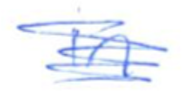
Text: in
Cross-out: scratch
Writing tool: ballpoint